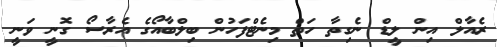
ރެއާލް އިން ލީޑް ނެގިތާ ހަތް މިނެޓްފަހުން ބިލްބާއޯގެ އެރާސޯ ގޮނީ ވަނީ